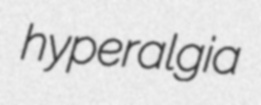
hyperalgia